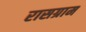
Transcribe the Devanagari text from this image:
रासग्राम